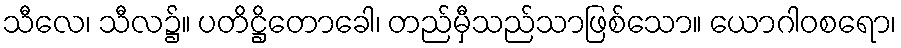
သီလေ၊ သီလ၌။ ပတိဋ္ဌိတောခေါ၊ တည်မှီသည်သာဖြစ်သော။ ယောဂါဝစရော၊